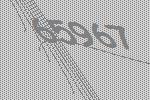
65967